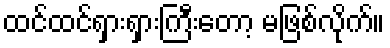
ထင်ထင်ရှားရှားကြီးတော့ မဖြစ်လိုက်။